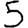
Digit: 5